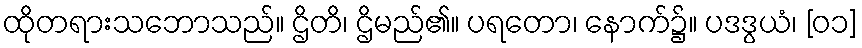
ထိုတရားသဘောသည်။ ဌိတိ၊ ဌိမည်၏။ ပရတော၊ နောက်၌။ ပဒဒွယံ၊ [၀၁]